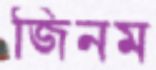
জিনম